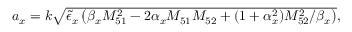
\begin{array} { r } { a _ { x } = k \sqrt { \tilde { \epsilon } _ { x } \left( \beta _ { x } M _ { 5 1 } ^ { 2 } - 2 \alpha _ { x } M _ { 5 1 } M _ { 5 2 } + ( 1 + \alpha _ { x } ^ { 2 } ) M _ { 5 2 } ^ { 2 } / \beta _ { x } \right) } , } \end{array}